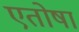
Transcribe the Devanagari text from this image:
एतोषा